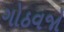
ગોઠવજો